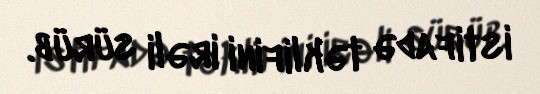
istifadə təklifini irəli sürüb.